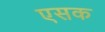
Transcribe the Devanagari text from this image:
एसक